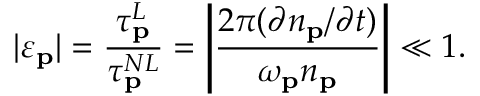
| \varepsilon _ { \mathbf { p } } | = \frac { \tau _ { \mathbf { p } } ^ { L } } { \tau _ { \mathbf { p } } ^ { N L } } = \left| \frac { 2 \pi ( \partial n _ { \mathbf { p } } / \partial t ) } { \omega _ { \mathbf { p } } n _ { \mathbf { p } } } \right| \ll 1 .